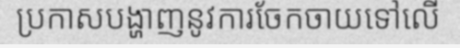
ប្រកាសបង្ហាញនូវការចែកចាយទៅលើ